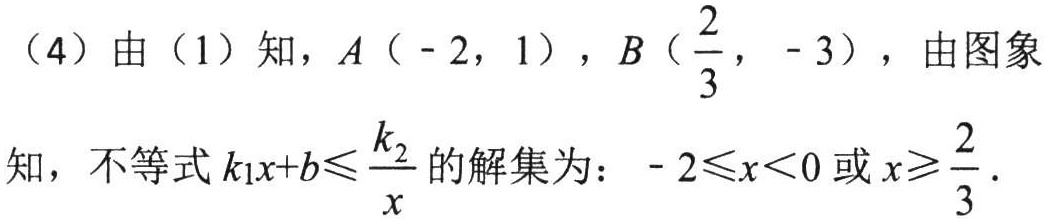
（4）由（1）知，\(A(-2,1)\)，\(B(\frac{2}{3}, -3)\)，由图象

知，不等式\(k_{1}x + b\leqslant\frac{k_{2}}{x}\)的解集为：\(-2\leqslant x<0\)或\(x\geqslant\frac{2}{3}\)．